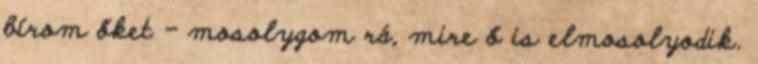
bírom őket - mosolygom rá, mire ő is elmosolyodik.